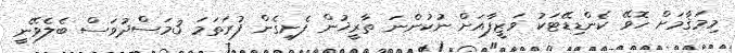
މިމަޤާމަށް ހޮވޭ ކެންޑިޑޭޓަކު ވަޒީފާއަށް ނުކުންނަ ތާރީޚުން ފެށިގެން ފުރަތަމަ 3މަސްދުވަސް ބެލެވޭނީ